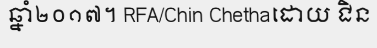
ឆ្នាំ២០១៧។ RFA/Chin Chethaដោយ ជិន